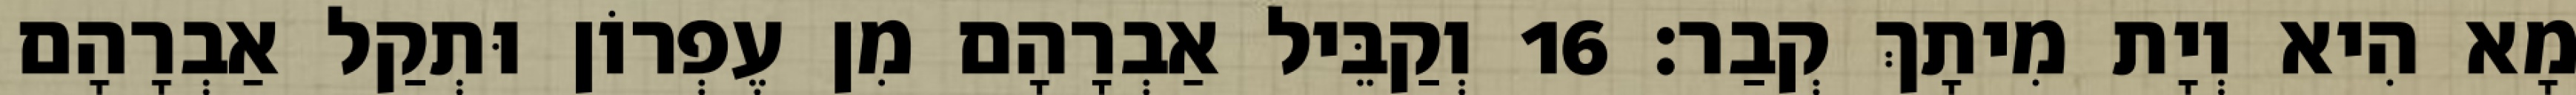
מָא הִיא וְיָת מִיתָךְ קְבַר׃ 16 וְקַבֵּיל אַבְרָהָם מִן עֶפְרוֹן וּתְקַל אַבְרָהָם